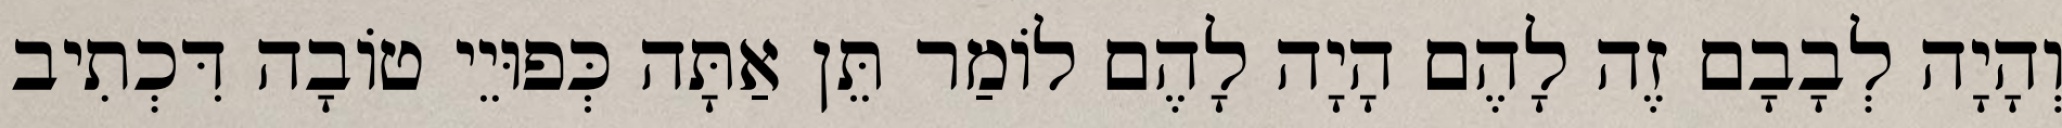
וְהָיָה לְבָבָם זֶה לָהֶם הָיָה לָהֶם לוֹמַר תֵּן אַתָּה כְּפוּיֵי טוֹבָה דִּכְתִיב